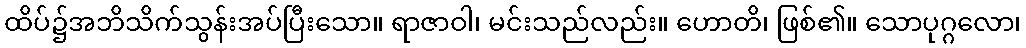
ထိပ်၌အဘိသိက်သွန်းအပ်ပြီးသော။ ရာဇာဝါ၊ မင်းသည်လည်း။ ဟောတိ၊ ဖြစ်၏။ သောပုဂ္ဂလော၊